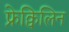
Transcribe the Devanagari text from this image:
फ्रेक्विलिन